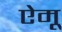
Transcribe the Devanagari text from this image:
ऐमू